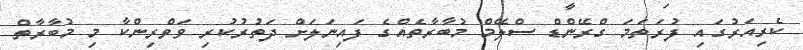
ކެރިއަރުގައި ފުރަތަމަ ގްރޭންޑް ސްލޭމް މުބާރާތެއްގެ ފައިނަލަށް ދަތުރުކުރި ވަވްރިންކާ މި މުބާރާތް